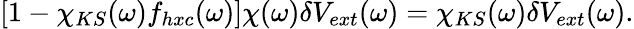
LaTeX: [1-\chi_{KS}(\omega)f_{hxc}(\omega)]\chi(\omega)\delta V_{ext}(\omega)=\chi_{KS}(\omega)\delta V_{ext}(\omega).